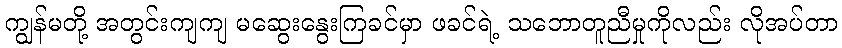
ကျွန်မတို့ အတွင်းကျကျ မဆွေးနွေးကြခင်မှာ ဖခင်ရဲ့ သဘောတူညီမှုကိုလည်း လိုအပ်တာ